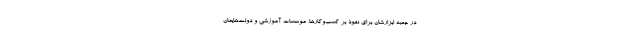
در جعبه ابزارشان برای نفوذ بر کسب‌وکارها، موسسات آموزشی و دولت‌هایمان